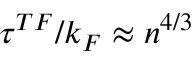
\tau ^ { T F } / k _ { F } \approx n ^ { 4 / 3 }